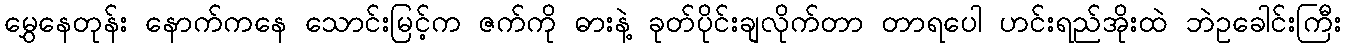
မွှေနေတုန်း နောက်ကနေ သောင်းမြင့်က ဇက်ကို ဓားနဲ့ ခုတ်ပိုင်းချလိုက်တာ တာရပေါ ဟင်းရည်အိုးထဲ ဘဲဥခေါင်းကြီး